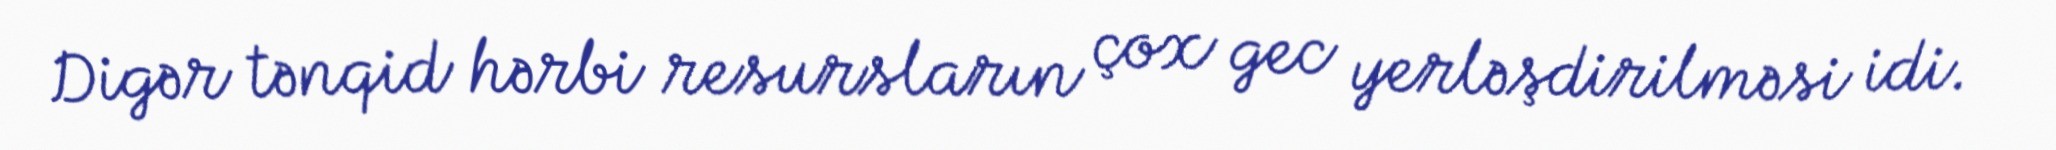
Digər tənqid hərbi resursların çox gec yerləşdirilməsi idi.